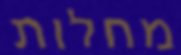
מחלות